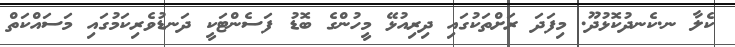
ކެލާ ނ.ކެނދުކޮޅުދޫ. މިފަދަ ރަށްތަކުގައި ދިރިއުޅޭ މީހުންގެ ބޮޑު ފަސެންޓަކީ ދަނޑުވެރިކަމުގައި މަސައްކަތް